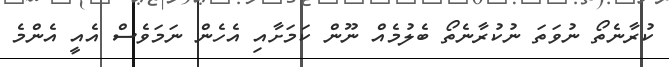
ކުރާނެތޯ ނުވަތަ ނުކުރާނެތޯ ބެލުމެއް ނޫން ކަމަށާއި އެހެން ނަމަވެސް އެއީ އެންމެ